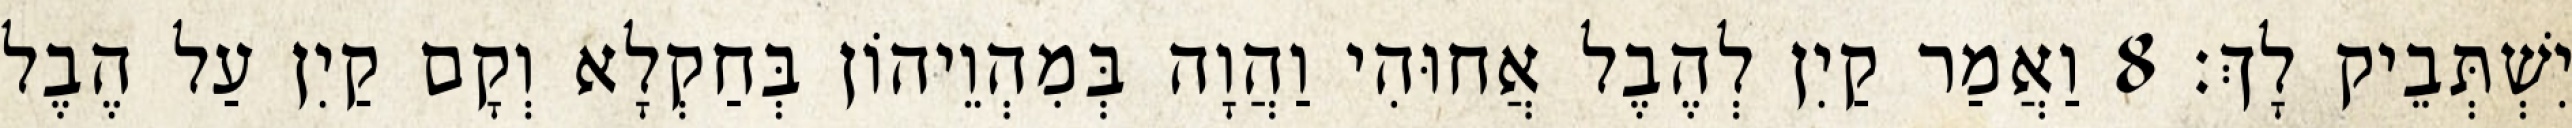
יִשְׁתְּבֵיק לָךְ׃ 8 וַאֲמַר קַיִן לְהֶבֶל אֲחוּהִי וַהֲוָה בְּמִהְוֵיהוֹן בְּחַקְלָא וְקָם קַיִן עַל הֶבֶל